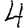
Digit: 4